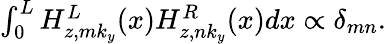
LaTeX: \begin{array}{r}{\int_{0}^{L}H_{z,mk_{y}}^{L}(x)H_{z,nk_{y}}^{R}(x)dx\propto\delta_{mn}.}\end{array}